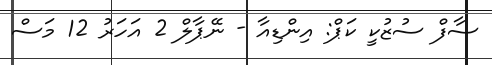
ސާފް ސުޒުކީ ކަޕް: އިންޑިއާ - ނޭޕާލް 2 އަހަރު 12 މަސް